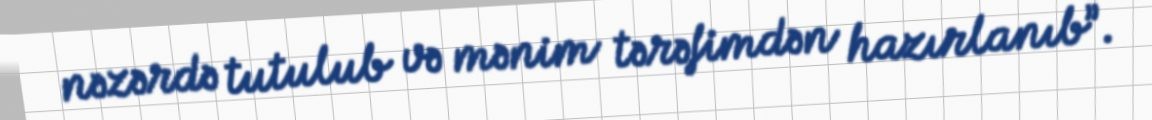
nəzərdə tutulub və mənim tərəfimdən hazırlanıb”.